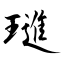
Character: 璡